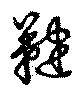
鞬